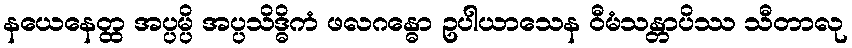
နယေနေတ္ထ အပ္ပမ္ပိ အပ္ပသိဒ္ဓိကံ ဖလဂန္ဓော ဥပါယာသေန ဝီမံသန္တာပိဿ သီတာလု